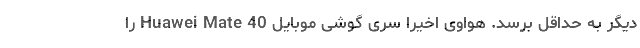
دیگر به حداقل برسد. هواوی اخیرا سری گوشی موبایل Huawei Mate 40 را